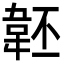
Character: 𩎜